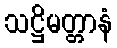
သဋ္ဌိမတ္တာနံ